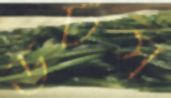
ডটস